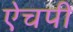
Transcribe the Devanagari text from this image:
ऐचपी